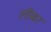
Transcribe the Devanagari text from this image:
लीबर